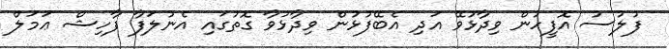
ފުލުސު އޮފީހުން ވިދާޅުވޭ އަދި އެބޭފުޅުން ވިދާޅުވާ ގޮތުގައި އެނުލަފާ ފާހިޝް ޢަމަލް